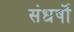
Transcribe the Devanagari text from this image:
संधर्षों